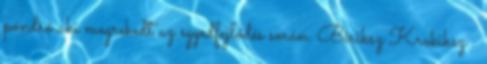
pondró aki megrekedt az egyedfejlődés során. Biriksz Krokiksz :